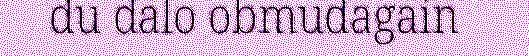
du dalo obmudagain